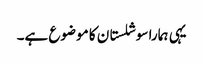
یہی ہمارا سوشلستان کا موضوع ہے۔